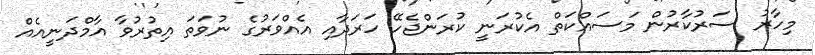
މިހާރު ސަރުކާރުން މަސައްކަތް އެކުރަނީ ކުރަންޖެހޭ ހަރަދާއި އެއްވަރުގެ ނުވަތަ އިތުރުވާ އާމްދަނީއެއް